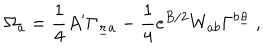
LaTeX: \Omega _ { a } = { \frac { 1 } { 4 } } A ^ { \prime } \Gamma _ { { \underline { { r } } } a } - { \frac { 1 } { 4 } } e ^ { B / 2 } W _ { a b } \Gamma ^ { b \underline { { \theta } } } ~ ,